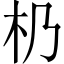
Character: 㭁